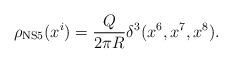
\begin{align*}\rho_{\rm NS5}(x^i)=\frac{Q}{2\pi R}\delta^3(x^6,x^7,x^8).\end{align*}